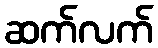
ဆက်လက်